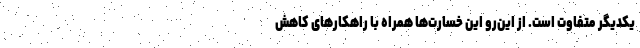
یکدیگر متفاوت است. از این‌رو این خسارت‌ها همراه با راهکارهای کاهش